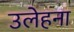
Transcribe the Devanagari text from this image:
उलेहना